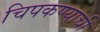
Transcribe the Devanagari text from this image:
चिपकण्याची